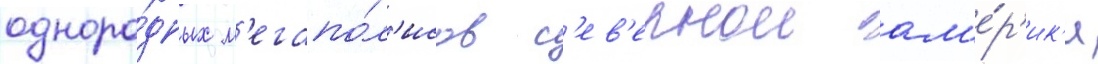
одноро́дных м'егапо́л'исов с'ев'ернои ам'е́р'ик'и